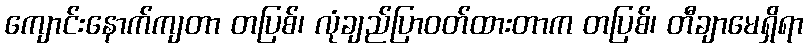
ကျောင်းနောက်ကျတာ တပြစ်၊ လုံချည်ပြာဝတ်ထားတာက တပြစ်၊ တီချာမေရှိရာ